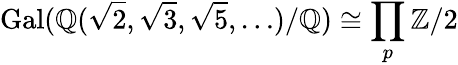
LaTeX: \operatorname{Gal}(\mathbb{Q}({\sqrt{2}},{\sqrt{3}},{\sqrt{5}},\ldots)/\mathbb{Q})\cong\prod_{p}\mathbb{Z}/2